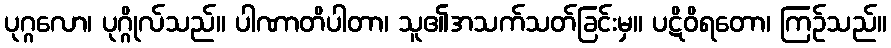
ပုဂ္ဂလော၊ ပုဂ္ဂိုလ်သည်။ ပါဏာတိပါတာ၊ သူ၏အသက်သတ်ခြင်းမှ။ ပဋိဝိရတော၊ ကြဉ်သည်။